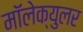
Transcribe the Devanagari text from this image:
मॉलेक्युलर